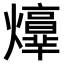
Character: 𤑴